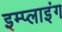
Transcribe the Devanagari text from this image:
इम्प्‍लाइंग